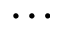
\dots